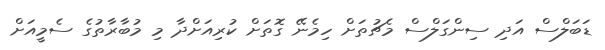
ޑަބަލްސް އަދި ސިންގަލްސް މެޗުތަށް ހިމެނޭ ގޮތަށް ކުރިއަށްދާ މި މުބާރާތުގެ ސެމީއަށް